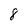
Character: 8